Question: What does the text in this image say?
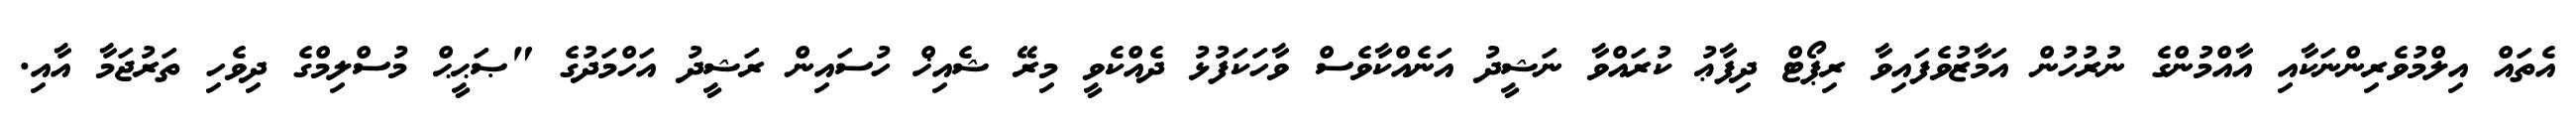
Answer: އެތައް އިލްމުވެރިންނަކާއި އާއްމުންގެ ނުރުހުން އަމާޒުވެފައިވާ ރިޕޯޓް ދިފާޢު ކުރައްވާ ނަޝީދު އަނެއްކާވެސް ވާހަކަފުޅު ދެއްކެވީ މިރޭ ޝެއިޚް ހުސައިން ރަޝީދު އަހްމަދުގެ "ޞަޙީޙް މުސްލިމްގެ ދިވެހި ތަރުޖަމާ އާއި.